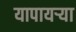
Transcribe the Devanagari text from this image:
यापायऱ्या